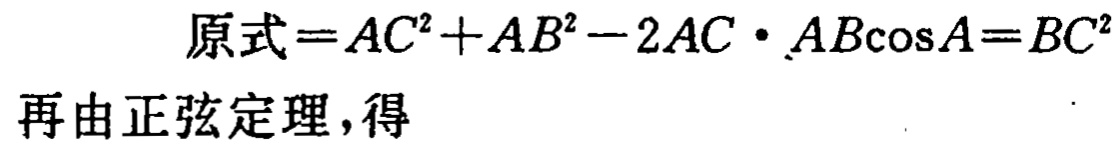
原式\(=AC^{2}+AB^{2}-2AC\cdot AB\cos A = BC^{2}\)
再由正弦定理，得